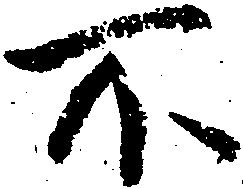
不